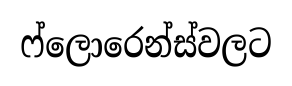
ෆ්ලොරෙන්ස්වලට